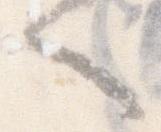
へ